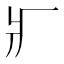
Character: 𤕫